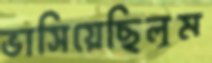
ভাসিয়েছিলুম